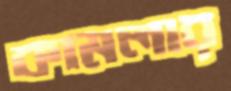
কামলার